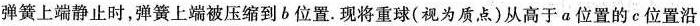
弹簧上端静止时，弹簧上端被压缩到b位置。现将重球(视为质点)从高于a位置的e位置沿